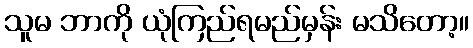
သူမ ဘာကို ယုံကြည်ရမည်မှန်း မသိတော့။